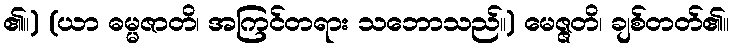
၏။) (ယာ ဓမ္မဇာတိ၊ အကြင်တရား သဘောသည်။) မေဇ္ဇတိ၊ ချစ်တတ်၏။